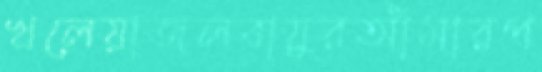
খলেয়াজলবায়ুরআঁমারপ